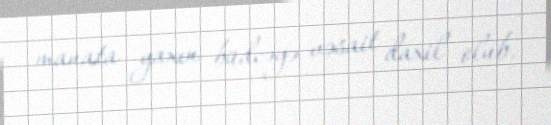
manata yaxın büdcəyə vəsait daxil olub.